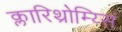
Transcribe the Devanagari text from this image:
क्लारिथ्रोम्य्सिं